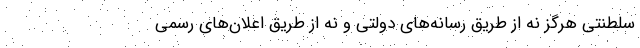
سلطنتی هرگز نه از طریق رسانه‌های دولتی و نه از طریق اعلان‌های رسمی